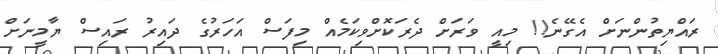
ރައްޔިތުންނަށް އެގޭނެ!! މިއީ ވަރަށް ދެރަކޮށްވިކަމެއް މިފަސް އަހަރުގެ ދައިރު ރައިސް ޔާމީނަށް